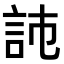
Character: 𧦏